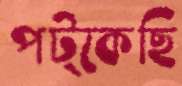
পট্‌কেছি